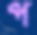
প